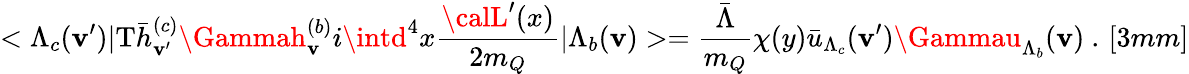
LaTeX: <\Lambda_{c}(\mathbf{v}^{\prime})|\mathrm{{T}}\bar{{h}}_{\mathbf{v}^{\prime}}^{(c)}\Gammah_{\mathbf{v}}^{(b)}i\intd^{4}x\frac{{{\calL}^{\prime}(x)}}{{2m_{Q}}}|\Lambda_{b}(\mathbf{v})>=\frac{{\bar{{\Lambda}}}}{{m_{Q}}}\chi(y)\bar{{u}}_{\Lambda_{c}}(\mathbf{v}^{\prime})\Gammau_{\Lambda_{b}}(\mathbf{v})~.\, [3mm]